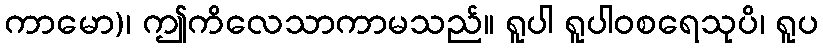
ကာမော)၊ ဤကိလေသာကာမသည်။ ရူပါ ရူပါဝစရေသုပိ၊ ရူပ